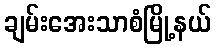
ချမ်းအေးသာစံမြို့နယ်